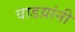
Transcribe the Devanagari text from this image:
वाडय़ांनी